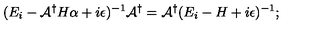
( E _ { i } - { \cal A } ^ { \dagger } H \alpha + i \epsilon ) ^ { - 1 } { \cal A } ^ { \dagger } = { \cal A } ^ { \dagger } ( E _ { i } - H + i \epsilon ) ^ { - 1 } ;